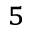
^ 5